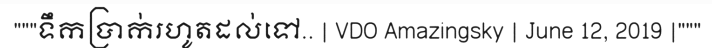
"""ទឹកប្រាក់រហូតដល់ទៅ.. | VDO Amazingsky | June 12, 2019 |"""